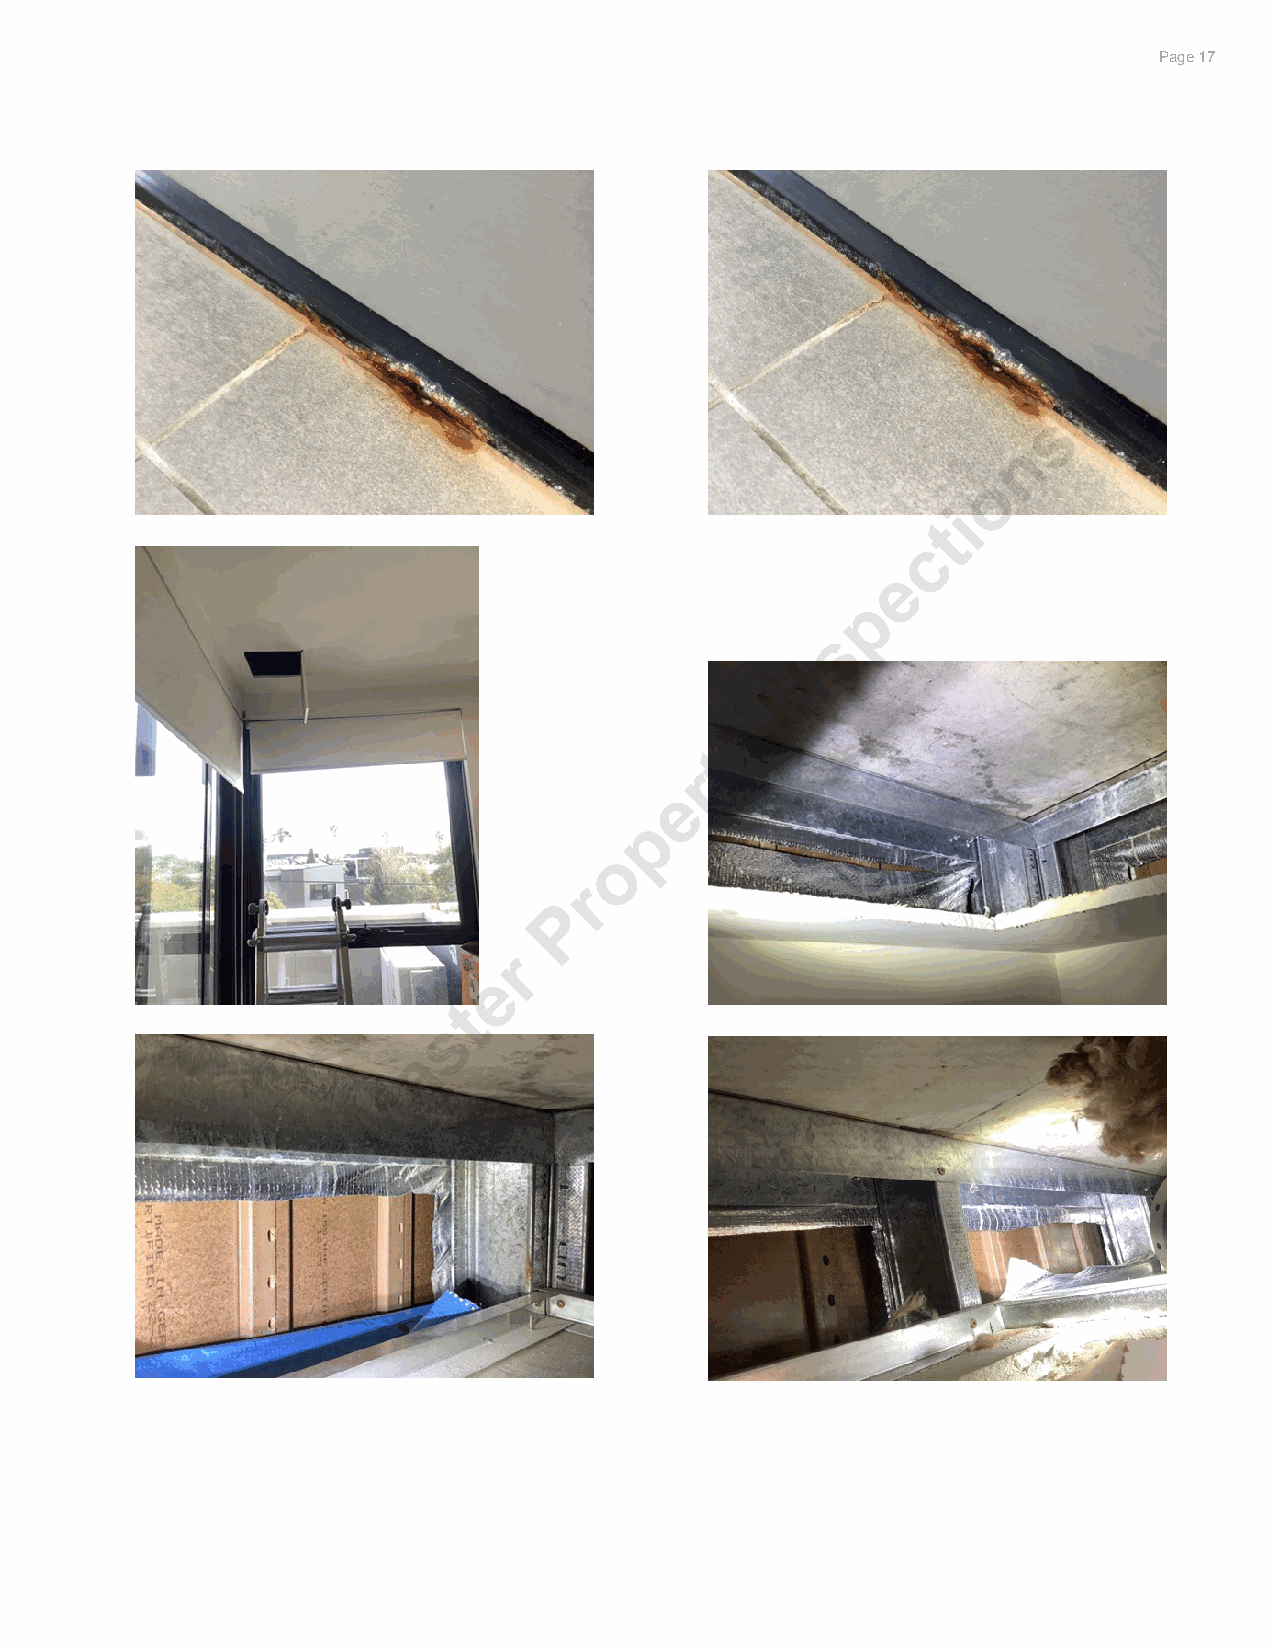
Significant items                                                        PPaaggee 1273
 s
 n
 o
 i
 t
 c
 e
 p
 s
 n
 I
 y
 t
 r
 e
 p
 o
 r
 P
 r
 e
 t
 s
 a
 M